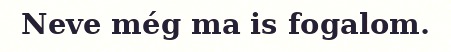
Neve még ma is fogalom.